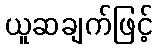
ယူဆချက်ဖြင့်